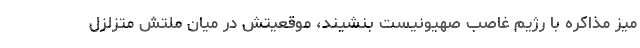
میز مذاکره با رژیم غاصب صهیونیست بنشیند، موقعیتش در میان ملتش متزلزل